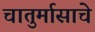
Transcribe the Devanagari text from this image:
चातुर्मासाचे